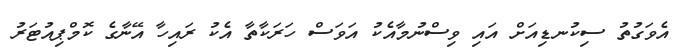
އެވަގުތު ސިކުނޑިއަށް އައި ވިސްނުމާއެކު އަވަސް ހަރަކާތާ އެކު ރައިހާ އޭނާގެ ކޮމްޕިއުޓަރު